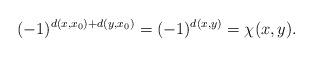
LaTeX: \begin{align*}(-1)^{d(x,x_0)+d(y,x_0)}=(-1)^{d(x,y)} = \chi(x,y).\end{align*}